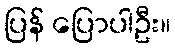
ပြန် ပြောပါဦး။